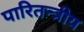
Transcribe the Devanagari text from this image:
पारितन्त्रीय